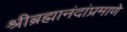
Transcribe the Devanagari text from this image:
श्रीब्रह्मानंदांप्रमाणे